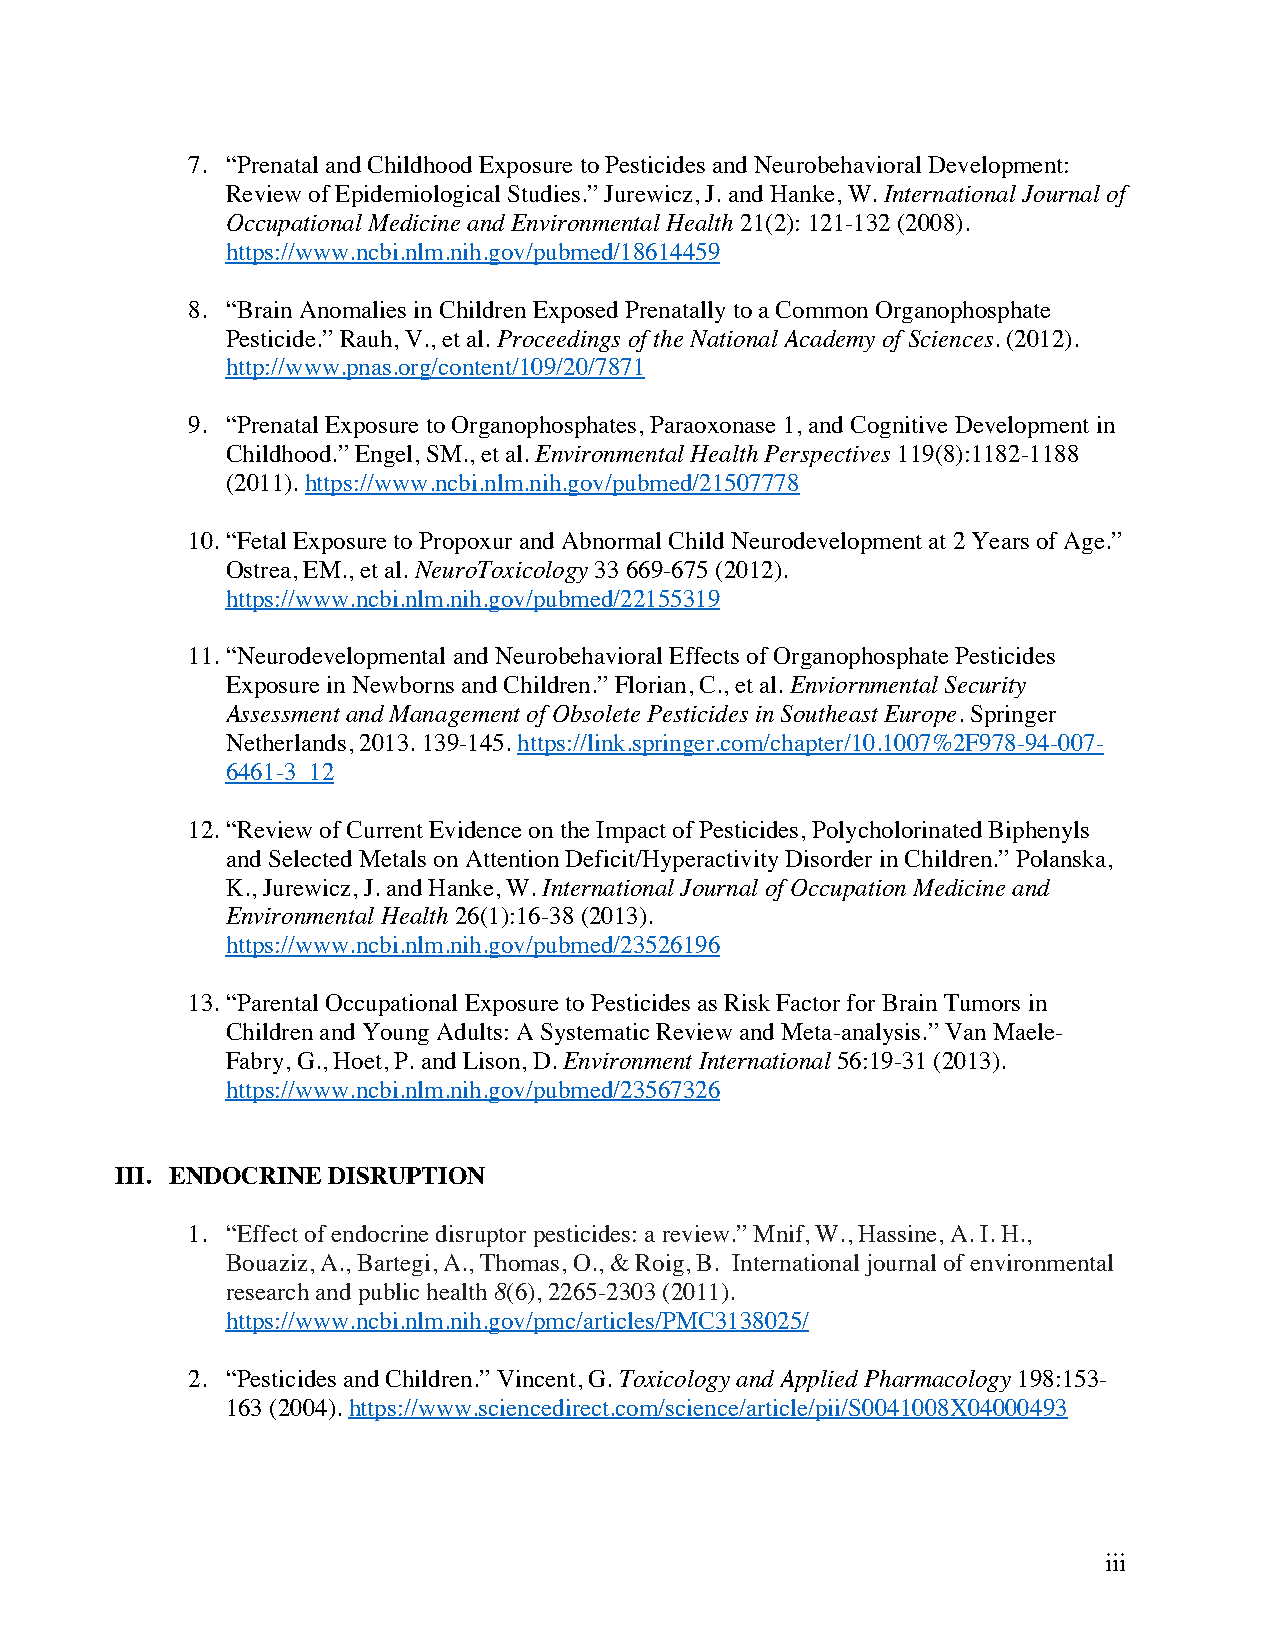
7. “Prenatal and Childhood Exposure to Pesticides and Neurobehavioral Development:
 Review of Epidemiological Studies.” Jurewicz, J. and Hanke, W. International Journal of
 Occupational Medicine and Environmental Health 21(2): 121-132 (2008).
 https://www.ncbi.nlm.nih.gov/pubmed/18614459
 8. “Brain Anomalies in Children Exposed Prenatally to a Common Organophosphate
 Pesticide.” Rauh, V., et al. Proceedings of the National Academy of Sciences. (2012).
 http://www.pnas.org/content/109/20/7871
 9. “Prenatal Exposure to Organophosphates, Paraoxonase 1, and Cognitive Development in
 Childhood.” Engel, SM., et al. Environmental Health Perspectives 119(8):1182-1188
 (2011). https://www.ncbi.nlm.nih.gov/pubmed/21507778
 10. “Fetal Exposure to Propoxur and Abnormal Child Neurodevelopment at 2 Years of Age.”
 Ostrea, EM., et al. NeuroToxicology 33 669-675 (2012).
 https://www.ncbi.nlm.nih.gov/pubmed/22155319
 11. “Neurodevelopmental and Neurobehavioral Effects of Organophosphate Pesticides
 Exposure in Newborns and Children.” Florian, C., et al. Enviornmental Security
 Assessment and Management of Obsolete Pesticides in Southeast Europe. Springer
 Netherlands, 2013. 139-145. https://link.springer.com/chapter/10.1007%2F978-94-007-
 6461-3_12
 12. “Review of Current Evidence on the Impact of Pesticides, Polycholorinated Biphenyls
 and Selected Metals on Attention Deficit/Hyperactivity Disorder in Children.” Polanska,
 K., Jurewicz, J. and Hanke, W. International Journal of Occupation Medicine and
 Environmental Health 26(1):16-38 (2013).
 https://www.ncbi.nlm.nih.gov/pubmed/23526196
 13. “Parental Occupational Exposure to Pesticides as Risk Factor for Brain Tumors in
 Children and Young Adults: A Systematic Review and Meta-analysis.” Van Maele-
 Fabry, G., Hoet, P. and Lison, D. Environment International 56:19-31 (2013).
 https://www.ncbi.nlm.nih.gov/pubmed/23567326
 III. ENDOCRINE DISRUPTION
 1. “Effect of endocrine disruptor pesticides: a review.” Mnif, W., Hassine, A. I. H.,
 Bouaziz, A., Bartegi, A., Thomas, O., & Roig, B. International journal of environmental
 research and public health 8(6), 2265-2303 (2011).
 https://www.ncbi.nlm.nih.gov/pmc/articles/PMC3138025/
 2. “Pesticides and Children.” Vincent, G. Toxicology and Applied Pharmacology 198:153-
 163 (2004). https://www.sciencedirect.com/science/article/pii/S0041008X04000493
 iii